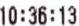
10:36:13